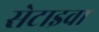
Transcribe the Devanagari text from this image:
सेटाइवा